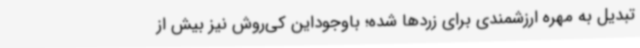
تبدیل به مهره ارزشمندی برای زردها شده؛ باوجوداین کی‌روش نیز بیش از